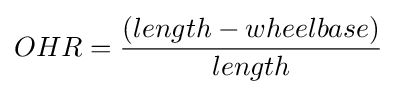
OHR={\frac {\left(length-wheelbase\right)}{length}}